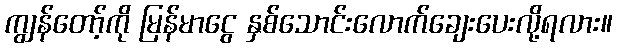
ကျွန်တော့်ကို မြန်မာငွေ နှစ်သောင်းလောက်ချေးပေးလို့ရလား။